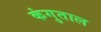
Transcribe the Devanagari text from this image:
कंगुताल